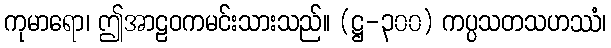
ကုမာရော၊ ဤအာဠဝကမင်းသားသည်။ (ဋ္ဌ-၃၀၀) ကပ္ပသတသဟဿံ၊